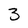
Character: 3